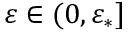
\varepsilon \in ( 0 , \varepsilon _ { * } ]